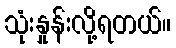
သုံးနှုန်းလို့ရတယ်။